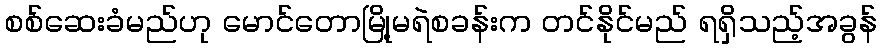
စစ်ဆေးခံမည်ဟု မောင်တောမြို့မရဲစခန်းက တင်နိုင်မည် ရရှိသည့်အခွန်